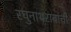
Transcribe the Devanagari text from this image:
रघुनाथरावांची